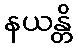
နယန္တိ